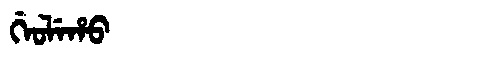
Manchu: ᡤᡝᠣᠯᡝᡥᠣ
Romanization: GEOLEHO